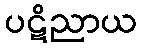
ပဋိညာယ